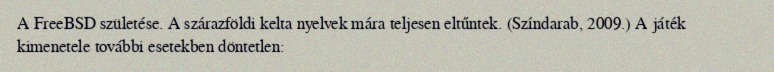
A FreeBSD születése. A szárazföldi kelta nyelvek mára teljesen eltűntek. (Színdarab, 2009.) A játék kimenetele további esetekben döntetlen: